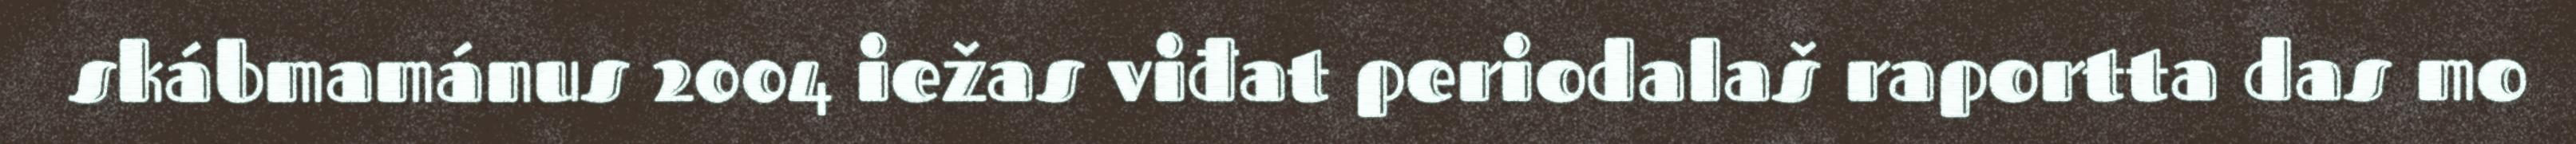
skábmamánus 2004 iežas viđat periodalaš raportta das mo